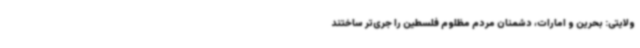
ولایتی: بحرین و امارات، دشمنان مردم مظلوم فلسطین را جری‌تر ساختند